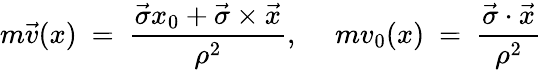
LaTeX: m\vec{v}(x)~=~\frac{\vec{\sigma}x_{0}+\vec{\sigma}\times\vec{x}}{\rho^{2}},~~~~~mv_{0}(x)~=~\frac{\vec{\sigma}\cdot\vec{x}}{\rho^{2}}